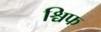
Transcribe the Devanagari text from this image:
श्चिफ